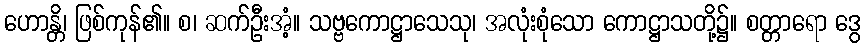
ဟောန္တိ၊ ဖြစ်ကုန်၏။ စ၊ ဆက်ဦးအံ့။ သဗ္ဗကောဋ္ဌာသေသု၊ အလုံးစုံသော ကောဋ္ဌာသတို့၌။ စတ္တာရော ဒွေ